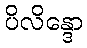
ပိလိန္ဒော